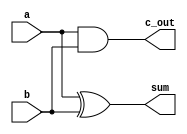
//--------------------------------------------------------------
//Module "half Adder" provided by TA
//--------------------------------------------------------------
module HA(
		a, 
		b, 
		sum, 
		c_out
);
  input wire a, b;
  output wire sum, c_out;
  xor (sum, a, b);
  and (c_out, a, b);
endmodule

//--------------------------------------------------------------
//Finish module "full Adder" & "core" by yourself
//--------------------------------------------------------------
module FA(
		a, 
		b, 
		c_in, 
		sum, 
		c_out
);
  input   a, b, c_in;
  output  sum, c_out;

//-----write your code here-----V V V
  wire c1, s1, c2;
  HA ha1(.a(a), .b(b), .sum(s1), .c_out(c1));
  HA ha2(.a(s1), .b(c_in), .sum(sum), .c_out(c2));
  or or1(c_out, c1, c2);
//-----write your code here-----  
endmodule


module CORE (
    in_n0,
    in_n1,
    opt,
    out_n
);
//--------------------------------------------------------------
//Input, Output Declaration
//--------------------------------------------------------------
input [3:0] in_n0, in_n1;
input opt;
output [3:0] out_n;

//-----write your code here-----V V V
//assign out_n = (opt)? in_n0 - in_n1 : in_n0 + in_n1;    //do not use this assign statement
  wire c_out_1, c_out_2, c_out_3, c_out_4;
  wire b1, b2, b3, b4;
  wire temp;
  xor (b1, opt, in_n1[0]);
  xor (b2, opt, in_n1[1]);
  xor (b3, opt, in_n1[2]);
  xor (temp, in_n1[3], in_n1[3]);
  xor (b4, opt, temp);
  FA fa1(.a(in_n0[0]), .b(b1), .c_in(opt), .sum(out_n[0]), .c_out(c_out_1));
  FA fa2(.a(in_n0[1]), .b(b2), .c_in(c_out_1), .sum(out_n[1]), .c_out(c_out_2));
  FA fa3(.a(in_n0[2]), .b(b3), .c_in(c_out_2), .sum(out_n[2]), .c_out(c_out_3));
  FA fa4(.a(in_n0[3]), .b(b4), .c_in(c_out_3), .sum(out_n[3]), .c_out(c_out_4));
//-----write your code here-----  

endmodule